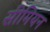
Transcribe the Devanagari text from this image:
सीमियन